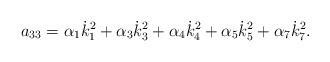
LaTeX: \begin{align*}a_{33}=\alpha _1\dot{k}_1^2+\alpha _3\dot{k}_3^2+\alpha _4\dot{k}_4^2+\alpha_5\dot{k}_5^2+\alpha _7\dot{k}_7^2. \end{align*}